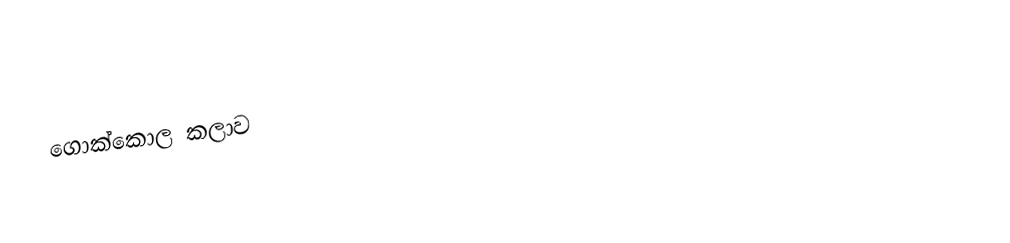
ගොක්කොල කලාව